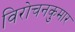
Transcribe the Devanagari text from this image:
विरोचनकुमार